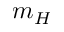
m _ { H }